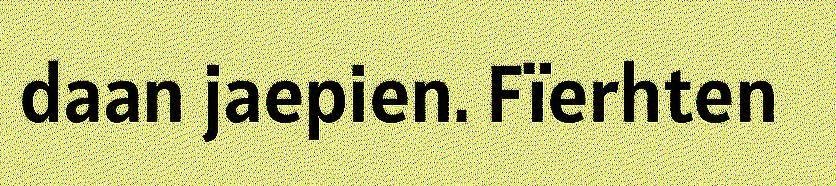
daan jaepien. Fïerhten